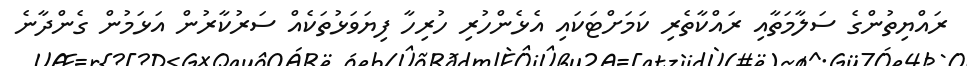
ރައްޔިތުންގެ ސަލާމަތާއި ރައްކާތެރި ކަމަށްޓަކައި އެޅެންހުރި ހުރިހާ ފިޔަވަޅުތަކެއް ސަރުކާރުން އަޅަމުން ގެންދާނެ